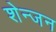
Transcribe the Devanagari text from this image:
शेन्जन